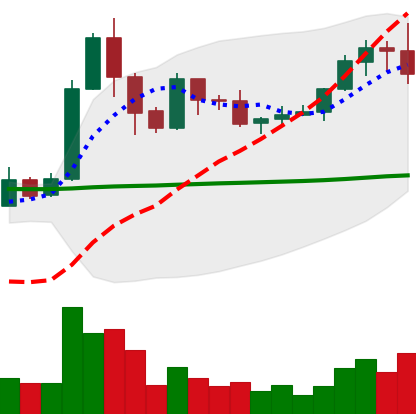
Ticker: XRP-USD
Chart end date: 2019-05-30
Forward return: -5.144%
Label: down_5_7